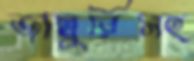
জাম্বুরিসহ